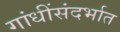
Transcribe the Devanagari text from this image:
गांधींसंदर्भात